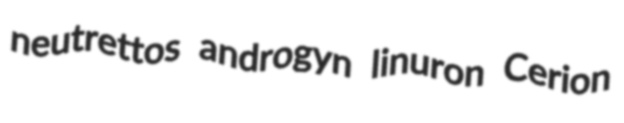
neutrettos androgyn linuron Cerion